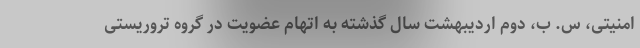
امنیتی، س. ب، دوم اردیبهشت سال گذشته به اتهام عضویت در گروه تروریستی